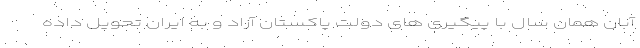
آبان همان سال با پیگیری های دولت پاکستان آزاد و به ایران تحویل داده